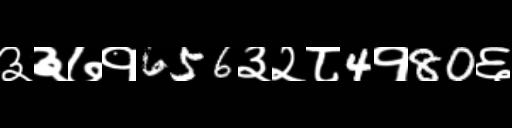
Text: ३३७१656३२८4१80६